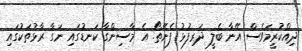
ދިއްކުރީމަވެސް އޭނާ ބެލީ ދަރިފުޅު ފެނޭތޯ. އެ މާސިންގާ ކަނޑުގައި ނަގާ ރާޅުތަކުގައި